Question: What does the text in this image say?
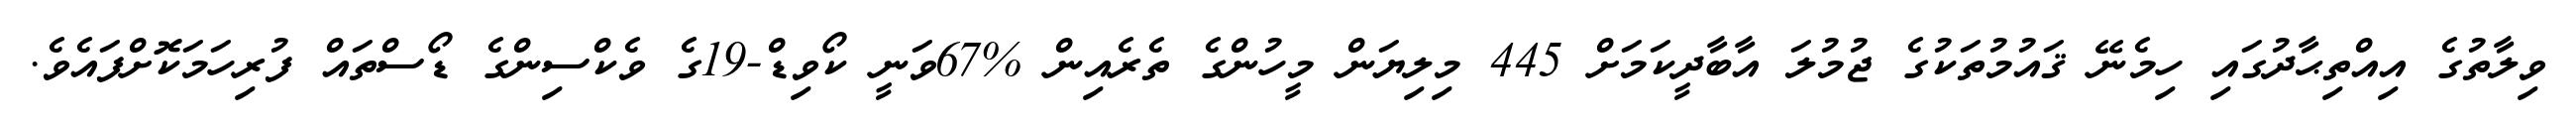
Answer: ވިލާތުގެ އިއްތިޙާދުގައި ހިމެނޭ ޤައުމުތަކުގެ ޖުމުލަ އާބާދީކަމަށް 445 މިލިޔަން މީހުންގެ ތެރެއިން %67ވަނީ ކޯވިޑް-19ގެ ވެކްސިންގެ ޑޯސްތައް ފުރިހަމަކޮށްފައެވެ.